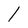
Character: l